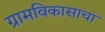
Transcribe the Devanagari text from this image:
ग्रामविकासाचा